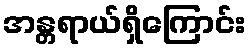
အန္တရာယ်ရှိကြောင်း